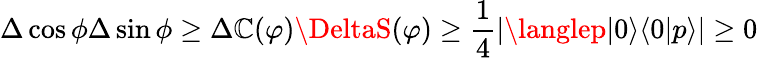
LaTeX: \Delta\cos\phi\Delta\sin\phi\geq\Delta\mathbb{C}(\varphi)\DeltaS(\varphi)\geq\frac{{1}}{{4}}|\langlep|0\rangle\langle0|p\rangle|\geq0